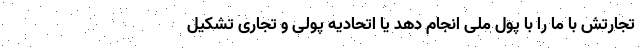
تجارتش با ما را با پول ملی انجام دهد یا اتحادیه پولی و تجاری تشکیل